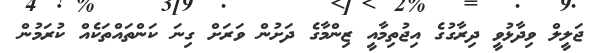
ޖަލީލް ވިދާޅުވީ ދިރާގުގެ އިޖުތިމާއީ ޒިންމާގެ ދަށުން ވަރަށް ގިނަ ކަންތައްތަކެއް ކުރަމުން